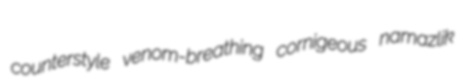
counterstyle venom-breathing cornigeous namazlik